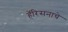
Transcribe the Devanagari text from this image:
हॅरिसनाचे